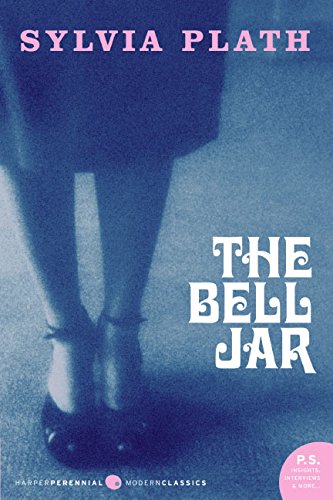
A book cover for The Bell Jar (Modern Classics); Sylvia Plath; Mystery, Thriller & Suspense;